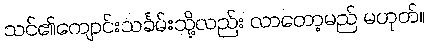
သင်၏ကျောင်းသင်္ခမ်းသို့လည်း လာတော့မည် မဟုတ်။